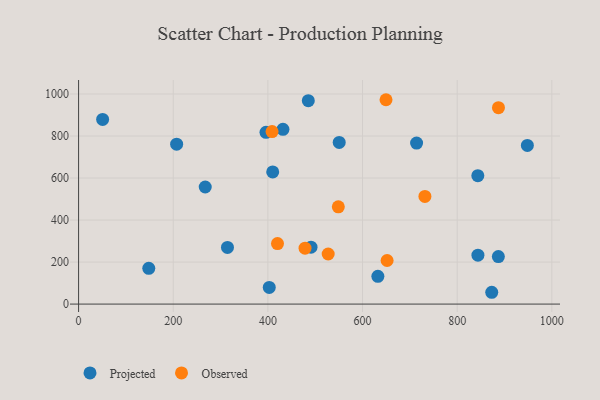
{"axis": {"x": "Price", "y": "Sales"}, "legend": ["Observed", "Projected"], "data": [{"x": "50.8", "y": 878.9, "type": "Projected"}, {"x": "550.7", "y": 769.7, "type": "Projected"}, {"x": "431.8", "y": 831.9, "type": "Projected"}, {"x": "267.6", "y": 557.3, "type": "Projected"}, {"x": "485.4", "y": 968.5, "type": "Projected"}, {"x": "491.1", "y": 270.9, "type": "Projected"}, {"x": "714.2", "y": 766.6, "type": "Projected"}, {"x": "148.3", "y": 170.1, "type": "Projected"}, {"x": "207.2", "y": 761.4, "type": "Projected"}, {"x": "843.6", "y": 611.3, "type": "Projected"}, {"x": "843.8", "y": 232.8, "type": "Projected"}, {"x": "873.0", "y": 56.2, "type": "Projected"}, {"x": "632.4", "y": 132.1, "type": "Projected"}, {"x": "402.9", "y": 79.1, "type": "Projected"}, {"x": "948.3", "y": 755.4, "type": "Projected"}, {"x": "396.0", "y": 817.6, "type": "Projected"}, {"x": "314.6", "y": 269.6, "type": "Projected"}, {"x": "887.0", "y": 226.0, "type": "Projected"}, {"x": "410.2", "y": 629.0, "type": "Projected"}, {"x": "887.2", "y": 935.1, "type": "Observed"}, {"x": "478.5", "y": 266.3, "type": "Observed"}, {"x": "527.4", "y": 238.3, "type": "Observed"}, {"x": "651.9", "y": 207.5, "type": "Observed"}, {"x": "731.8", "y": 512.6, "type": "Observed"}, {"x": "408.8", "y": 821.0, "type": "Observed"}, {"x": "649.6", "y": 972.8, "type": "Observed"}, {"x": "548.8", "y": 463.2, "type": "Observed"}, {"x": "420.3", "y": 288.2, "type": "Observed"}]}